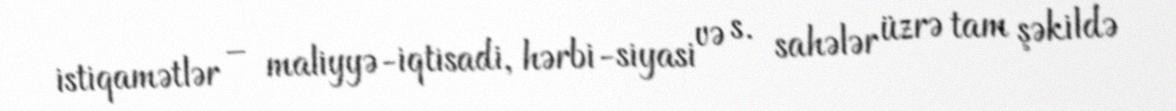
istiqamətlər – maliyyə-iqtisadi, hərbi-siyasi və s. sahələr üzrə tam şəkildə